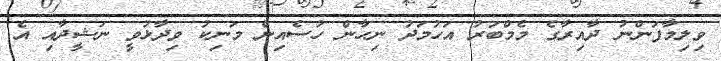
ވިލިމާފަންނު ދާއިރާގެ މެމްބަރު އަހުމަދު ނިހާން ހުސެއިން މަނިކު ވިދާޅުވީ ނަޝީދާއި އެ